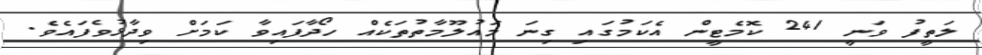
ލަތީފު ވަނީ 241 ކޮމެޓީން އެކަމުގައި ގިނަ މައުލޫމާތުތަކެއް ހޯދާފައިވާ ކަމަށް ވިދާޅުވެފައެވެ.